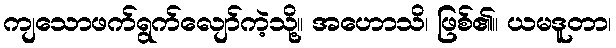
ကျသောဖက်ရွက်လျော်ကဲ့သို့။ အဟောသိ၊ ဖြစ်၏။ ယမဒူတာ၊